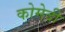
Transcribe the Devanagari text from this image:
कोमेदी